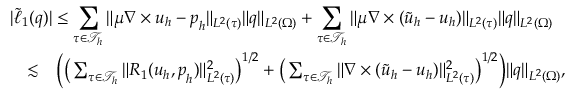
\begin{array} { r l r } { \lefteqn { \vert \tilde { \ell } _ { 1 } ( \boldsymbol { q } ) \vert \leq \sum _ { \tau \in \mathcal { T } _ { h } } \| \mu \nabla \times \boldsymbol { u } _ { h } - \boldsymbol { p } _ { h } \| _ { L ^ { 2 } ( \tau ) } \| \boldsymbol { q } \| _ { L ^ { 2 } ( \Omega ) } + \sum _ { \tau \in \mathcal { T } _ { h } } \| \mu \nabla \times ( \tilde { \boldsymbol { u } } _ { h } - \boldsymbol { u } _ { h } ) \| _ { L ^ { 2 } ( \tau ) } \| \boldsymbol { q } \| _ { L ^ { 2 } ( \Omega ) } } } \\ & { \lesssim } & { \bigg ( \big ( \sum _ { \tau \in \mathcal { T } _ { h } } \| R _ { 1 } ( \boldsymbol { u } _ { h } , \boldsymbol { p } _ { h } ) \| _ { L ^ { 2 } ( \tau ) } ^ { 2 } \big ) ^ { 1 / 2 } + \big ( \sum _ { \tau \in \mathcal { T } _ { h } } \| \nabla \times ( \tilde { \boldsymbol { u } } _ { h } - \boldsymbol { u } _ { h } ) \| _ { L ^ { 2 } ( \tau ) } ^ { 2 } \big ) ^ { 1 / 2 } \bigg ) \| \boldsymbol { q } \| _ { L ^ { 2 } ( \Omega ) } , } \end{array}